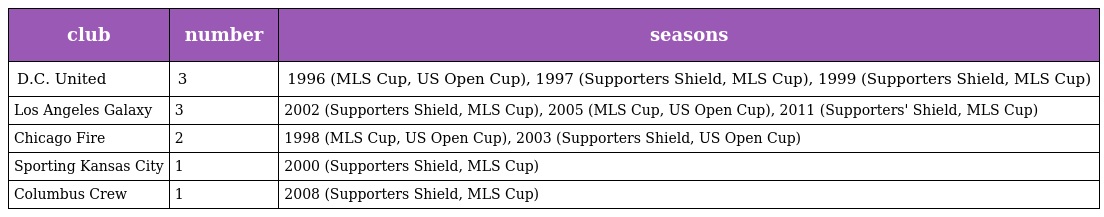
| club | number | seasons |
 | --- | --- | --- |
 | D.C. United | 3 | 1996 (MLS Cup, US Open Cup), 1997 (Supporters Shield, MLS Cup), 1999 (Supporters Shield, MLS Cup) |
 | Los Angeles Galaxy | 3 | 2002 (Supporters Shield, MLS Cup), 2005 (MLS Cup, US Open Cup), 2011 (Supporters' Shield, MLS Cup) |
 | Chicago Fire | 2 | 1998 (MLS Cup, US Open Cup), 2003 (Supporters Shield, US Open Cup) |
 | Sporting Kansas City | 1 | 2000 (Supporters Shield, MLS Cup) |
 | Columbus Crew | 1 | 2008 (Supporters Shield, MLS Cup) |